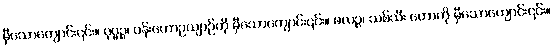
မှီသောကျောင်း၎င်း။ ပုပ္ဖဉ္စ၊ ပန်းတောဥယျာဉ်ကို မှီသောကျောင်း၎င်း။ ဖလဉ္စ၊ သစ်သီး တောကို မှီသောကျောင်း၎င်း။